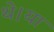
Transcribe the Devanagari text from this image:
थे।या